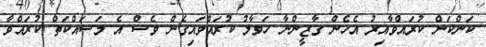
ކަންކަން ކުރައްވާއިރު އެހެން ގާޒީންނާ ހަވާލު ކުރައްވައިގެން ވެސް އެ މަސައްކަތް ކުރައްވާ